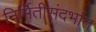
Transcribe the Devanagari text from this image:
निर्मितीसंदर्भात